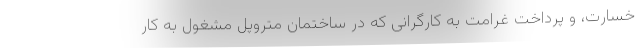
خسارت، و پرداخت غرامت به کارگرانی که در ساختمان متروپل مشغول به کار